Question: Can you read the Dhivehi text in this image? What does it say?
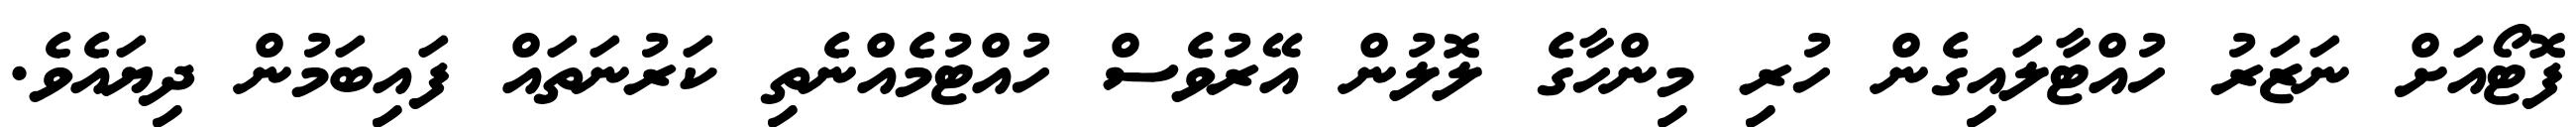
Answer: ފޮޓޯއަށް ނަޒަރު ހުއްޓާލައިގެން ހުރި މިންހާގެ ލޮލުން އޭރުވެސް ހުއްޓުމެއްނެތި ކަރުނަތައް ފައިބަމުން ދިޔައެވެ.